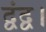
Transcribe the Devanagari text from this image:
द्वंद्व।